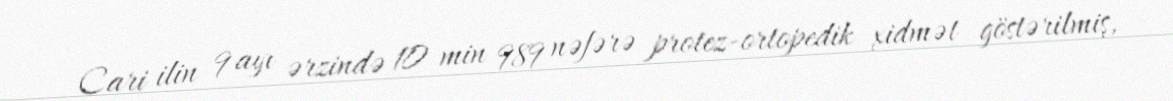
Cari ilin 9 ayı ərzində 10 min 989 nəfərə protez-ortopedik xidmət göstərilmiş,